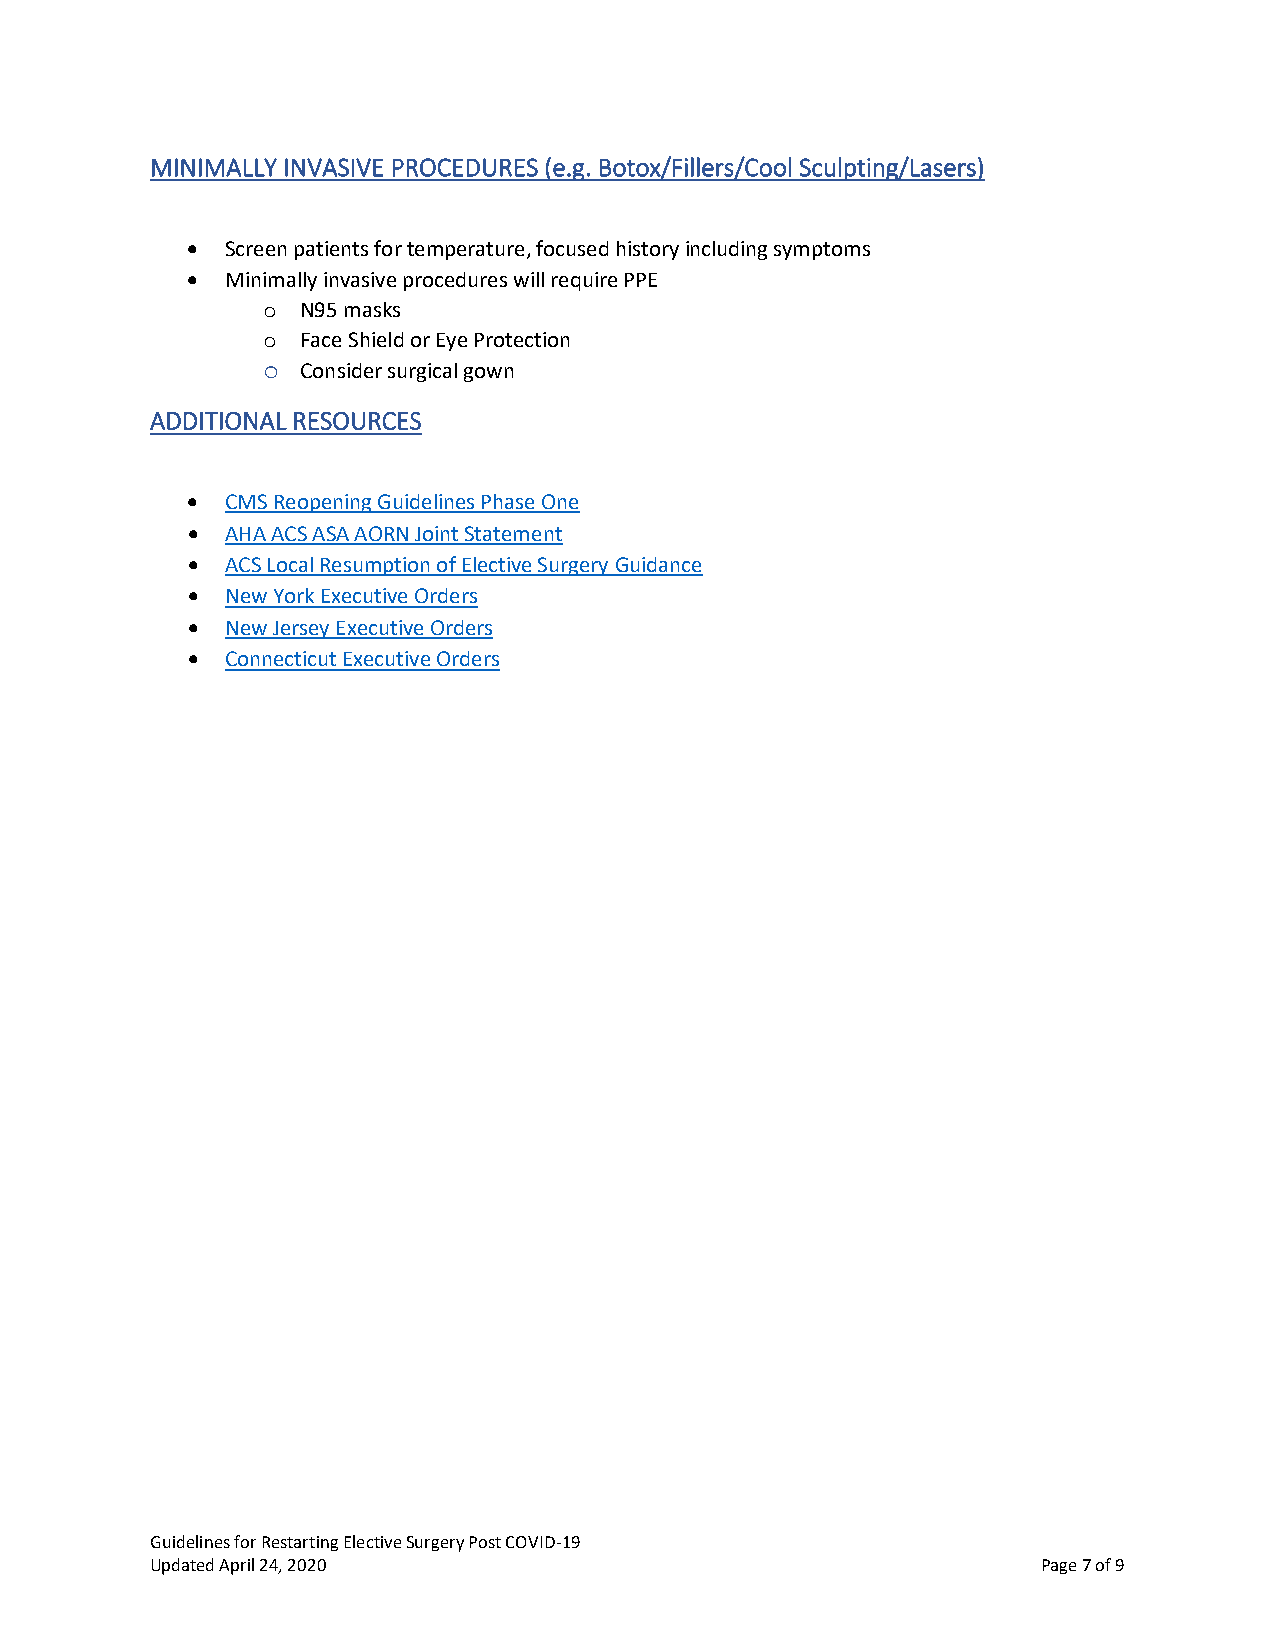
MINIMALLY INVASIVE PROCEDURES (e.g. Botox/Fillers/Cool Sculpting/Lasers)
 •  Screen patients for temperature, focused history including symptoms
 •  Minimally invasive procedures will require PPE
 N95 masks
 o
 Face Shield or Eye Protection
 o
 Consider surgical gown
 o
 ADDITIONAL RESOURCES
 •  CMS Reopening Guidelines Phase One
 •  AHA ACS ASA AORN Joint Statement
 •  ACS Local Resumption of Elective Surgery Guidance
 •  New York Executive Orders
 •  New Jersey Executive Orders
 •  Connecticut Executive Orders
 Guidelines for Restarting Elective Surgery Post COVID-19
 Updated April 24, 2020                                     Page 7 of 9